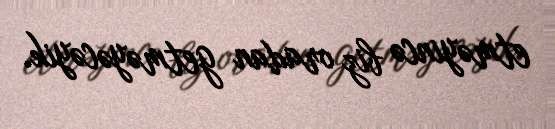
etməyincə biz oradan getməyəcəyik.